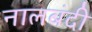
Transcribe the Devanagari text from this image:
नालबंदी